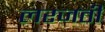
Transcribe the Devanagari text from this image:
लरजती